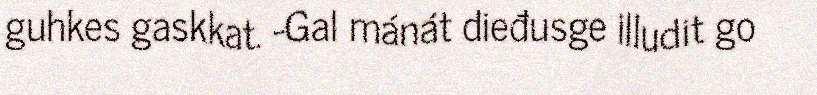
guhkes gaskkat. -Gal mánát dieđusge illudit go